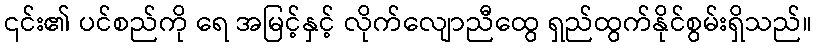
၎င်း၏ ပင်စည်ကို ရေ အမြင့်နှင့် လိုက်လျောညီထွေ ရှည်ထွက်နိုင်စွမ်းရှိသည်။